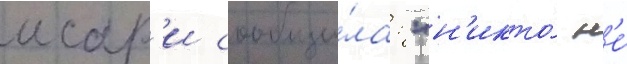
исар'и сообщи́ла: "н'икто́ н'е́